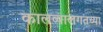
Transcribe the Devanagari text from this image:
कालव्यालगतच्या